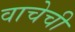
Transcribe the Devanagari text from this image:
वाचेची